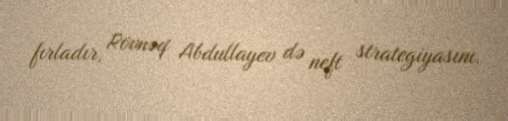
fırladır, Rövnəq Abdullayev də neft strategiyasını.